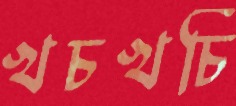
খচখচি